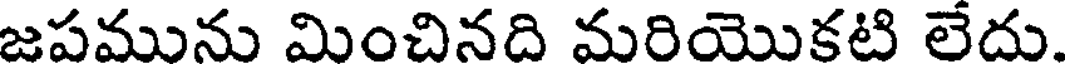
జపమును మించినది మరియొకటి లేదు.